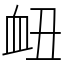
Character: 衄